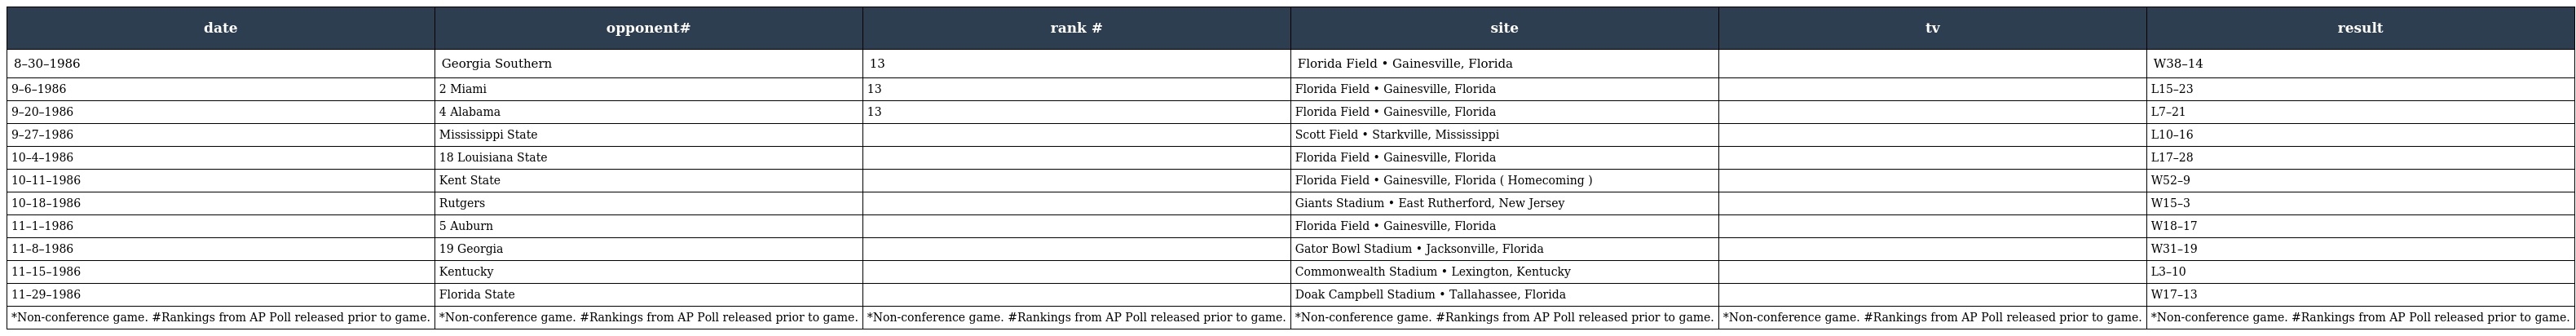
| date | opponent# | rank # | site | tv | result |
 | --- | --- | --- | --- | --- | --- |
 | 8–30–1986 | Georgia Southern | 13 | Florida Field • Gainesville, Florida |  | W38–14 |
 | 9–6–1986 | 2 Miami | 13 | Florida Field • Gainesville, Florida |  | L15–23 |
 | 9–20–1986 | 4 Alabama | 13 | Florida Field • Gainesville, Florida |  | L7–21 |
 | 9–27–1986 | Mississippi State |  | Scott Field • Starkville, Mississippi |  | L10–16 |
 | 10–4–1986 | 18 Louisiana State |  | Florida Field • Gainesville, Florida |  | L17–28 |
 | 10–11–1986 | Kent State |  | Florida Field • Gainesville, Florida ( Homecoming ) |  | W52–9 |
 | 10–18–1986 | Rutgers |  | Giants Stadium • East Rutherford, New Jersey |  | W15–3 |
 | 11–1–1986 | 5 Auburn |  | Florida Field • Gainesville, Florida |  | W18–17 |
 | 11–8–1986 | 19 Georgia |  | Gator Bowl Stadium • Jacksonville, Florida |  | W31–19 |
 | 11–15–1986 | Kentucky |  | Commonwealth Stadium • Lexington, Kentucky |  | L3–10 |
 | 11–29–1986 | Florida State |  | Doak Campbell Stadium • Tallahassee, Florida |  | W17–13 |
 | *Non-conference game. #Rankings from AP Poll released prior to game. | *Non-conference game. #Rankings from AP Poll released prior to game. | *Non-conference game. #Rankings from AP Poll released prior to game. | *Non-conference game. #Rankings from AP Poll released prior to game. | *Non-conference game. #Rankings from AP Poll released prior to game. | *Non-conference game. #Rankings from AP Poll released prior to game. |